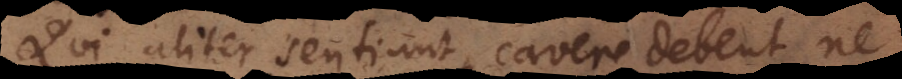
Qui aliter sentiunt, cavere debent ne